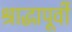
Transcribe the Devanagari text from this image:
श्राद्धापूर्वी